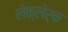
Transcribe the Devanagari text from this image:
लेक्लेर्क